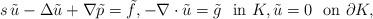
LaTeX: \begin{align*} s\, \tilde{u} - \Delta \tilde{u} + \nabla \tilde{p} = \tilde{f}, -\nabla\cdot \tilde{u} = \tilde{g} \ \mbox{ in } K, \tilde{u} = 0 \ \mbox{ on } \partial K,\end{align*}